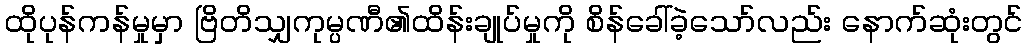
ထိုပုန်ကန်မှုမှာ ဗြိတိသျှကုမ္ပဏီ၏ထိန်းချုပ်မှုကို စိန်ခေါ်ခဲ့သော်လည်း နောက်ဆုံးတွင်